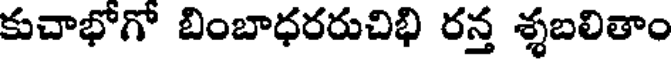
కుచాభోగో బింబాధరరుచిభి రన్త శ్శబలితాం